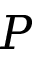
P